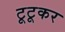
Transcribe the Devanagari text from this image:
टूटूकर